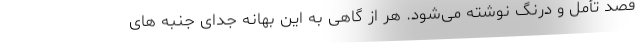
قصد تأمل و درنگ نوشته می‌شود. هر از گاهی به این بهانه جدای جنبه های